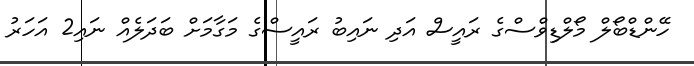
ހޭންޑްބޯލް މޯލްޑިވްސްގެ ރައީސް އަދި ނައިބު ރައީސްގެ މަގާމަށް ބަދަލެއް ނައި2 އަހަރު